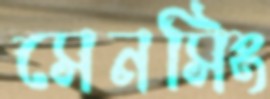
সেনসিং